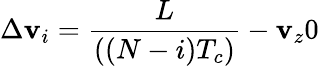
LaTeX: \Delta\mathbf{v}_{i}=\frac{{L}}{{((N-i)T_{c})}}-\mathbf{v}_{z}0